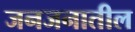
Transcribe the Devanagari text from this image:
जनजनातील